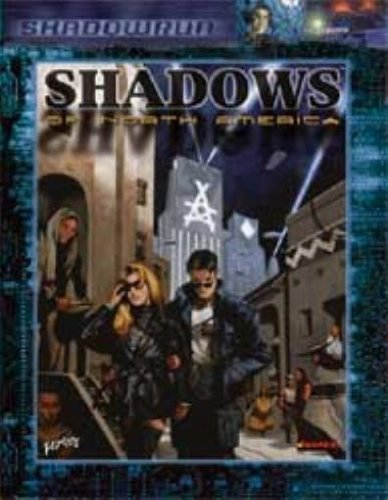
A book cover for Shadowrun: Shadows of North America (FPR25015); FanPro; Science Fiction & Fantasy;